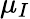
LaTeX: \mu_{I}